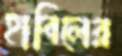
হাবিলের